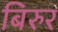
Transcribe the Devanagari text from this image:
बिरुर